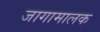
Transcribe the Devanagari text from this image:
जागामालक